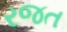
રજત